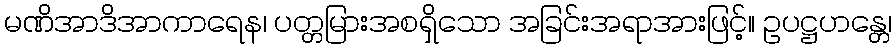
မဏိအာဒိအာကာရေန၊ ပတ္တမြားအစရှိသော အခြင်းအရာအားဖြင့်။ ဥပဋ္ဌဟန္တေ၊